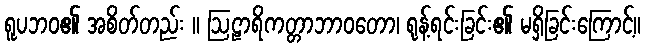
ရူပဘဝ၏ အစိတ်တည်း ။ ဩဠာရိကတ္တာဘာဝတော၊ ရုန့်ရင်းခြင်း၏ မရှိခြင်းကြောင့်။